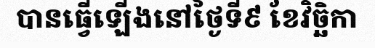
បានធ្វើឡើងនៅថ្ងៃទី៩ ខែវិច្ឆិកា